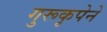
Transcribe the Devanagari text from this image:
गुरूकृपेने